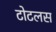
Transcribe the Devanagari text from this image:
टोटलस